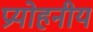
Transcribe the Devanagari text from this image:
प्रयोहनीय